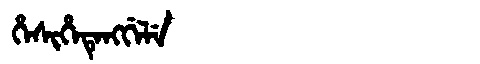
Manchu: ᡥᡝᠰᡳᡥᡝᡨᡝᠩᡤᡝᠯᡝ
Romanization: HESIHETENGGELE